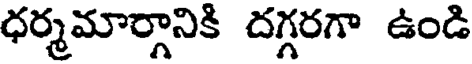
ధర్మమార్గానికి దగ్గరగా ఉండి